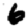
Digit: 6